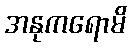
အနုကရောမိ